Scottish Leaving Certificate Examination, 1953
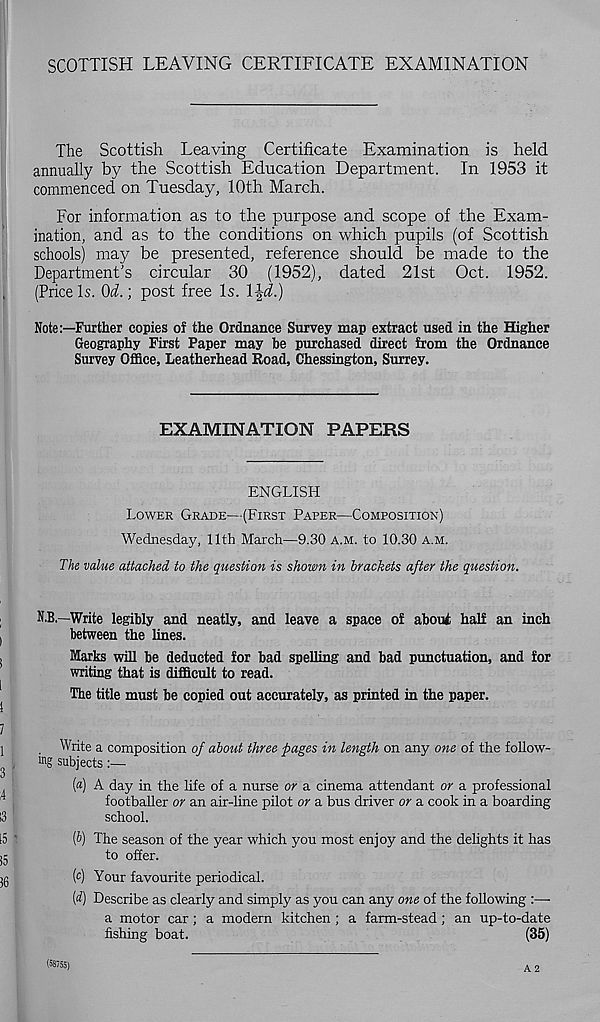
SCOTTISH LEAVING CERTIFICATE EXAMINATION
The Scottish Leaving Certificate Examination is held
annually by the Scottish Education Department. In 1953 it
commenced on Tuesday, 10th March.
For information as to the purpose and scope of the Exam-
ination, and as to the conditions on which pupils (of Scottish
schools) may be presented, reference should be made to the
Department's circular 30 (1952), dated 21st Oct. 1952.
(Price Is. Od.; post free Is. \\d.)
Note:—Further copies of the Ordnance Survey map extract used in the Higher
Geography First Paper may be purchased direct from the Ordnance
Survey Office, Leatherhead Road, Chessington, Surrey.
EXAMINATION PAPERS
ENGLISH
LOWER GRADE—(FIRST PAPER—COMPOSITION)
Wednesday, 11th March—9.30 A.M. to 10.30 A.M.
The value attached to the question is shown in brackets after the question.
N.B.—Write legibly and neatly, and leave a space of about half an inch
between the lines.
Marks will be deducted for bad spelling and bad punctuation, and for
writing that is difficult to read.
The title must be copied out accurately, as printed in the paper.
Write a composition of about three pages in length on any one of the follow-
m g subjects:—
(«) A day in the life of a nurse or a cinema attendant or a professional
footballer or an air-line pilot or a bus driver or a cook in a boarding
school.
(6) The season of the year which you most enjoy and the delights it has
to offer.
(c) Your favourite periodical.
[d) Describe as clearly and simply as you can any one of the following :—
a motor car; a modern kitchen ; a farm-stead ; an up-to-date
fishing boat.
(35)
(58755)
A 2